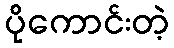
ပိုကောင်းတဲ့